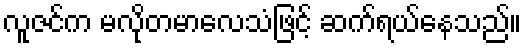
လူဇင်က မလိုတမာလေသံဖြင့် ဆက်ရယ်နေသည်။